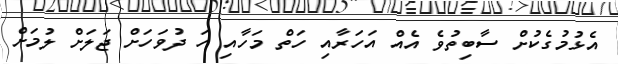
އެޅުމުގެކުށް ސާބިތުވެ އެއް އަހަރާއި ހަތް މަހާއި ހަ ދުވަހަށް ޖަލަށް ލުމަށް